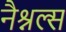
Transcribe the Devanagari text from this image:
नैश्नल्स